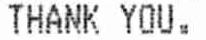
THANK YOU.